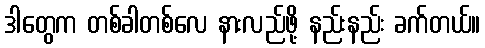
ဒါတွေက တစ်ခါတစ်လေ နားလည်ဖို့ နည်းနည်း ခက်တယ်။